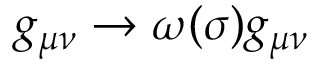
g _ { \mu \nu } \rightarrow \omega ( \sigma ) g _ { \mu \nu }